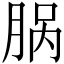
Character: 脶